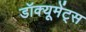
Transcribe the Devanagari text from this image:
डॉक्यूमेंट्स